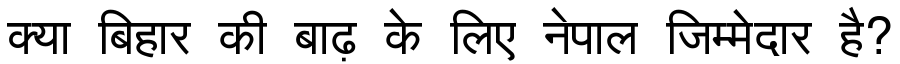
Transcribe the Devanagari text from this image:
क्या बिहार की बाढ़ के लिए नेपाल जिम्मेदार है?